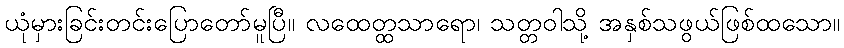
ယုံမှားခြင်းတင်းပြောတော်မူပြီ။ လထေတ္ထသာရော၊ သတ္တဝါသို့ အနှစ်သဖွယ်ဖြစ်ထသော။